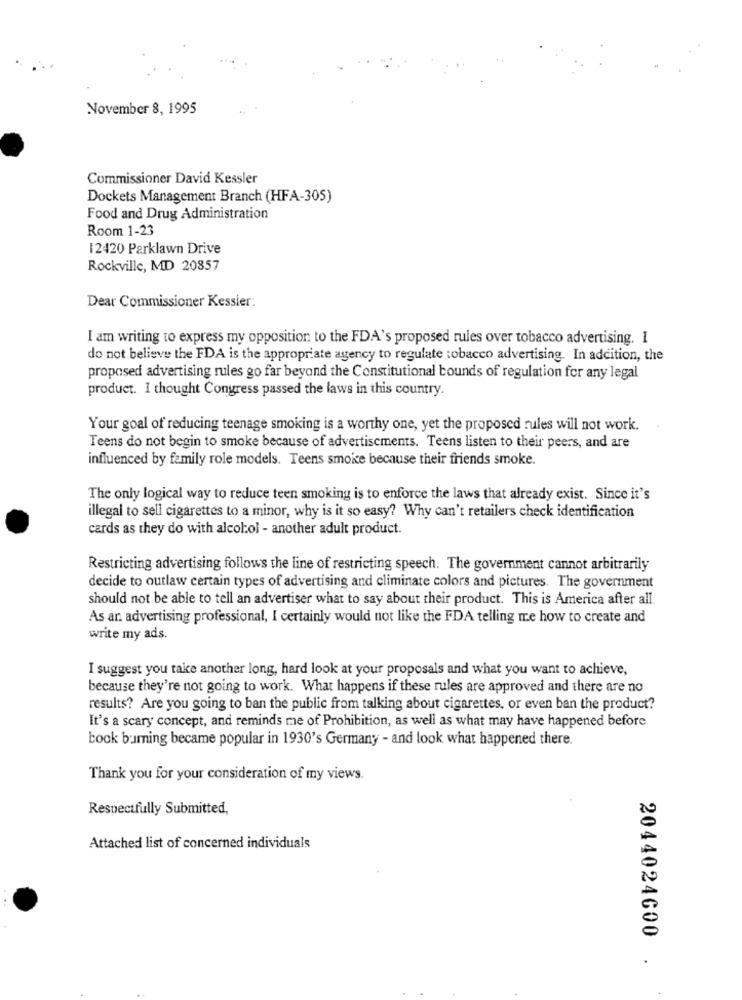
November 8, 1995
Commissioner David Kessler
Dockets Management Branch (HFA-305)
Food and Drug Administration
Room 1-23
12420 Parklawn Drive
Rockville, MD 20857
Dear Commissioner Kessler:
I am writing to express my opposition to the FDA's proposed rules over tobacco advertising. I
do not believe the FDA is the appropriate agency to regulate tobacco advertising. In addition, the
proposed advertising rules go far beyond the Constitutional bounds of regulation for any legal
product. I thought Congress passed the laws in this country.
Your goal of reducing teenage smoking is a worthy one, yet the proposed rules will not work.
Teens do not begin to smoke because of advertisements. Teens listen to their peers, and are
influenced by family role models. Teens smoke because their friends smoke.
The only logical way to reduce teen smoking is to enforce the laws that already exist. Since it's
illegal to sell cigarettes to a minor, why is it so easy? Why can't retailers check identification
cards as they do with alcohol - another adult product.
Restricting advertising follows the line of restricting speech. The government cannot arbitrarily
decide to outlaw certain types of advertising and climinate colors and pictures. The government
should not be able to tell an advertiser what to say about their product. This is America after all.
As an advertising professional, I certainly would not like the FDA telling me how to create and
write my ads.
I suggest you take another long, hard look at your proposals and what you want to achieve,
because they're not going to work. What happens if these rules are approved and there are no
results? Are you going to ban the public from talking about cigarettes, or even ban the product?
It's a scary concept, and reminds me of Prohibition, as well as what may have happened before
book buming became popular in 1930's Germany - and look what happened there.
Thank you for your consideration of my views.
Respectfully Submitted,
Attached list of concerned individuals
2044024600 .